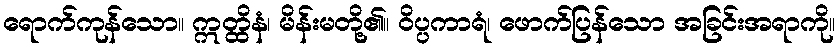
ရောက်ကုန်သော။ ဣတ္ထိနံ၊ မိန်းမတို့၏။ ဝိပ္ပကာရံ၊ ဖောက်ပြန်သော အခြင်းအရာကို။